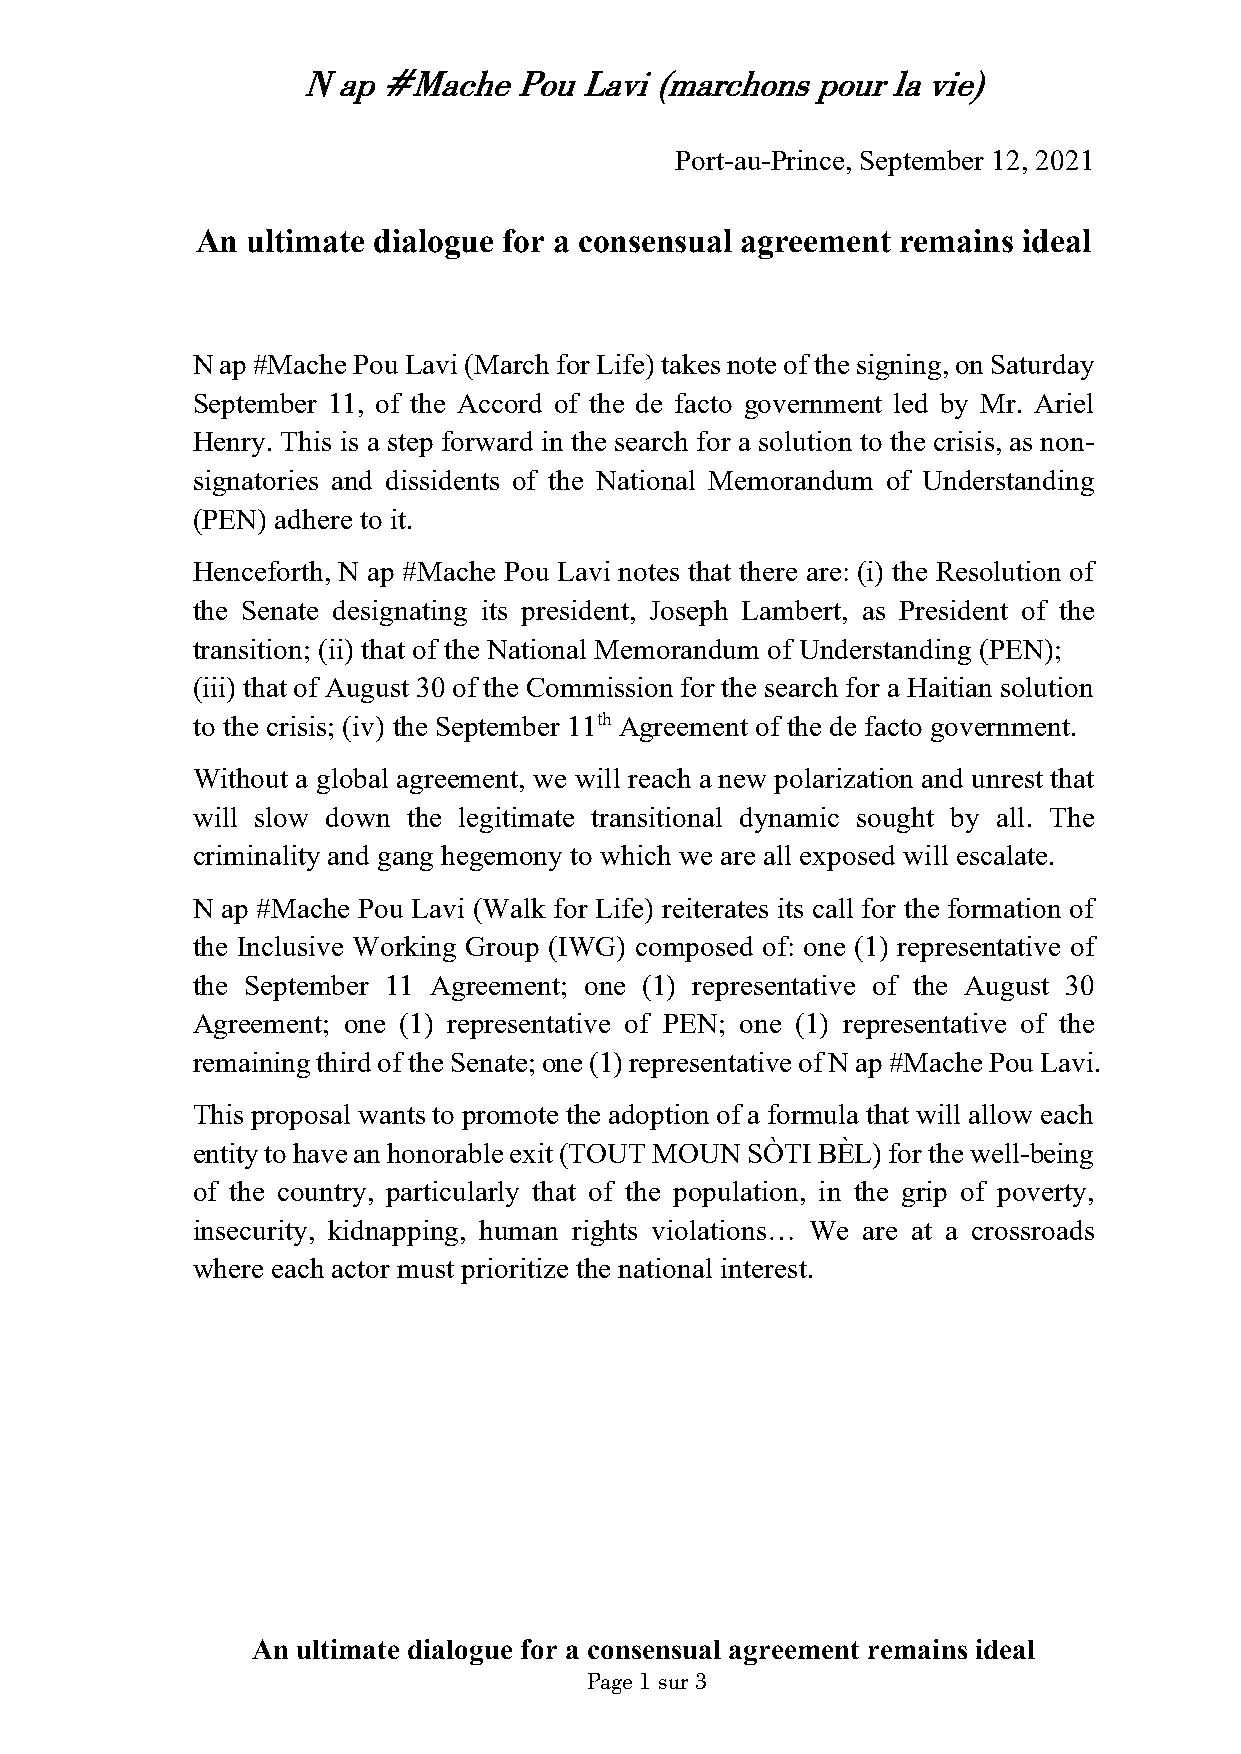
N ap #Mache   Pou Lavi (marchons  pour la vie)
 Port-au-Prince, September 12, 2021
 An ultimate dialogue for a consensual agreement remains ideal
 N ap #Mache Pou Lavi (March for Life) takes note of the signing, on Saturday
 September 11, of the Accord of the de facto government led by Mr. Ariel
 Henry. This is a step forward in the search for a solution to the crisis, as non-
 signatories and dissidents of the National Memorandum of Understanding
 (PEN) adhere to it.
 Henceforth, N ap #Mache Pou Lavi notes that there are: (i) the Resolution of
 the Senate designating its president, Joseph Lambert, as President of the
 transition; (ii) that of the National Memorandum of Understanding (PEN);
 (iii) that of August 30 of the Commission for the search for a Haitian solution
 to the crisis; (iv) the September 11th Agreement of the de facto government.
 Without a global agreement, we will reach a new polarization and unrest that
 will slow down the legitimate transitional dynamic sought by all. The
 criminality and gang hegemony to which we are all exposed will escalate.
 N ap #Mache Pou Lavi (Walk for Life) reiterates its call for the formation of
 the Inclusive Working Group (IWG) composed of: one (1) representative of
 the September 11 Agreement; one (1) representative of the August 30
 Agreement; one (1) representative of PEN; one (1) representative of the
 remaining third of the Senate; one (1) representative of N ap #Mache Pou Lavi.
 This proposal wants to promote the adoption of a formula that will allow each
 entity to have an honorable exit (TOUT MOUN SÒTI BÈL) for the well-being
 of the country, particularly that of the population, in the grip of poverty,
 insecurity, kidnapping, human rights violations… We are at a crossroads
 where each actor must prioritize the national interest.
 An ultimate dialogue for a consensual agreement remains ideal
 Page 1 sur 3